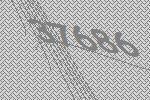
37686